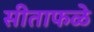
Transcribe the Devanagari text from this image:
सीताफळे